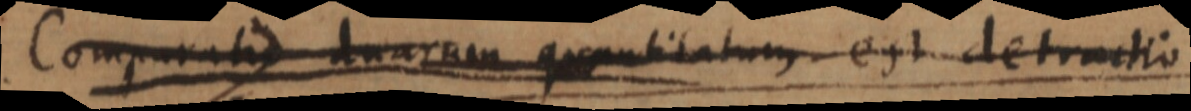
Comparatio duarum quantitatum est detractio